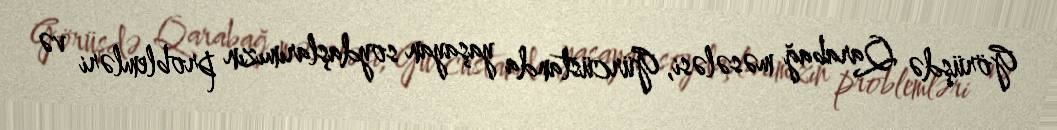
Görüşdə Qarabağ məsələsi, Gürcüstanda yaşayan soydaşlarımızın problemləri və